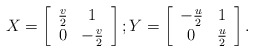
\begin{align*}X = \left[\begin{array}{cc}{v\over2} & 1\\ 0 & -{v\over2}\end{array}\right]; Y = \left[\begin{array}{cc}-{u\over2} & 1\\ 0 & {u\over2}\end{array}\right].\end{align*}